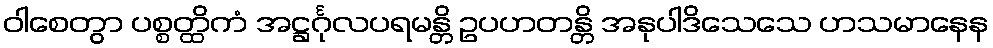
ဝါစေတွာ ပစ္စတ္ထိကံ အဋ္ဌင်္ဂုလပရမန္တိ ဥပဟတန္တိ အနုပါဒိသေသေ ဟသမာနေန